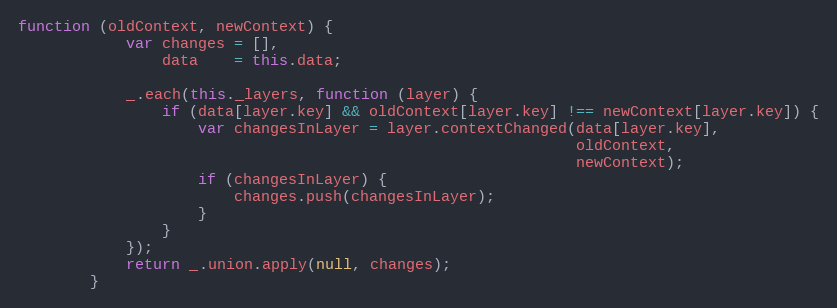
Language: JavaScript
function (oldContext, newContext) {
            var changes = [],
                data    = this.data;

            _.each(this._layers, function (layer) {
                if (data[layer.key] && oldContext[layer.key] !== newContext[layer.key]) {
                    var changesInLayer = layer.contextChanged(data[layer.key],
                                                              oldContext,
                                                              newContext);
                    if (changesInLayer) {
                        changes.push(changesInLayer);
                    }
                }
            });
            return _.union.apply(null, changes);
        }